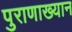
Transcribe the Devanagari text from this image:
पुराणाख्यान